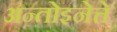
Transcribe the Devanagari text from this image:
अन्तोइनेत्ते